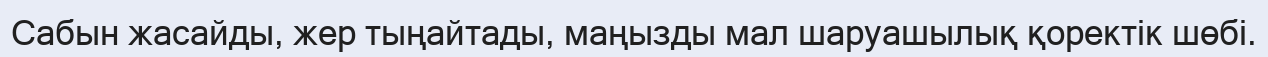
Сабын жасайды, жер тыңайтады, маңызды мал шаруашылық қоректік шөбі.